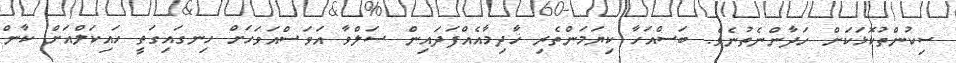
ސިކުންތުކޮޅަކަށް ހަދާންނެތުނެވެ. ބަސްއަހާ ކިޔަމަންތެރި ޚާދިމާއެއްފަދައިން ސަލްވާ އަވަސްއަވަހަށް ހިނގައިގަތީ ހައިކަލްއަށް ކާން